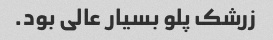
زرشک پلو بسیار عالی بود.